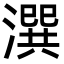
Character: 潠